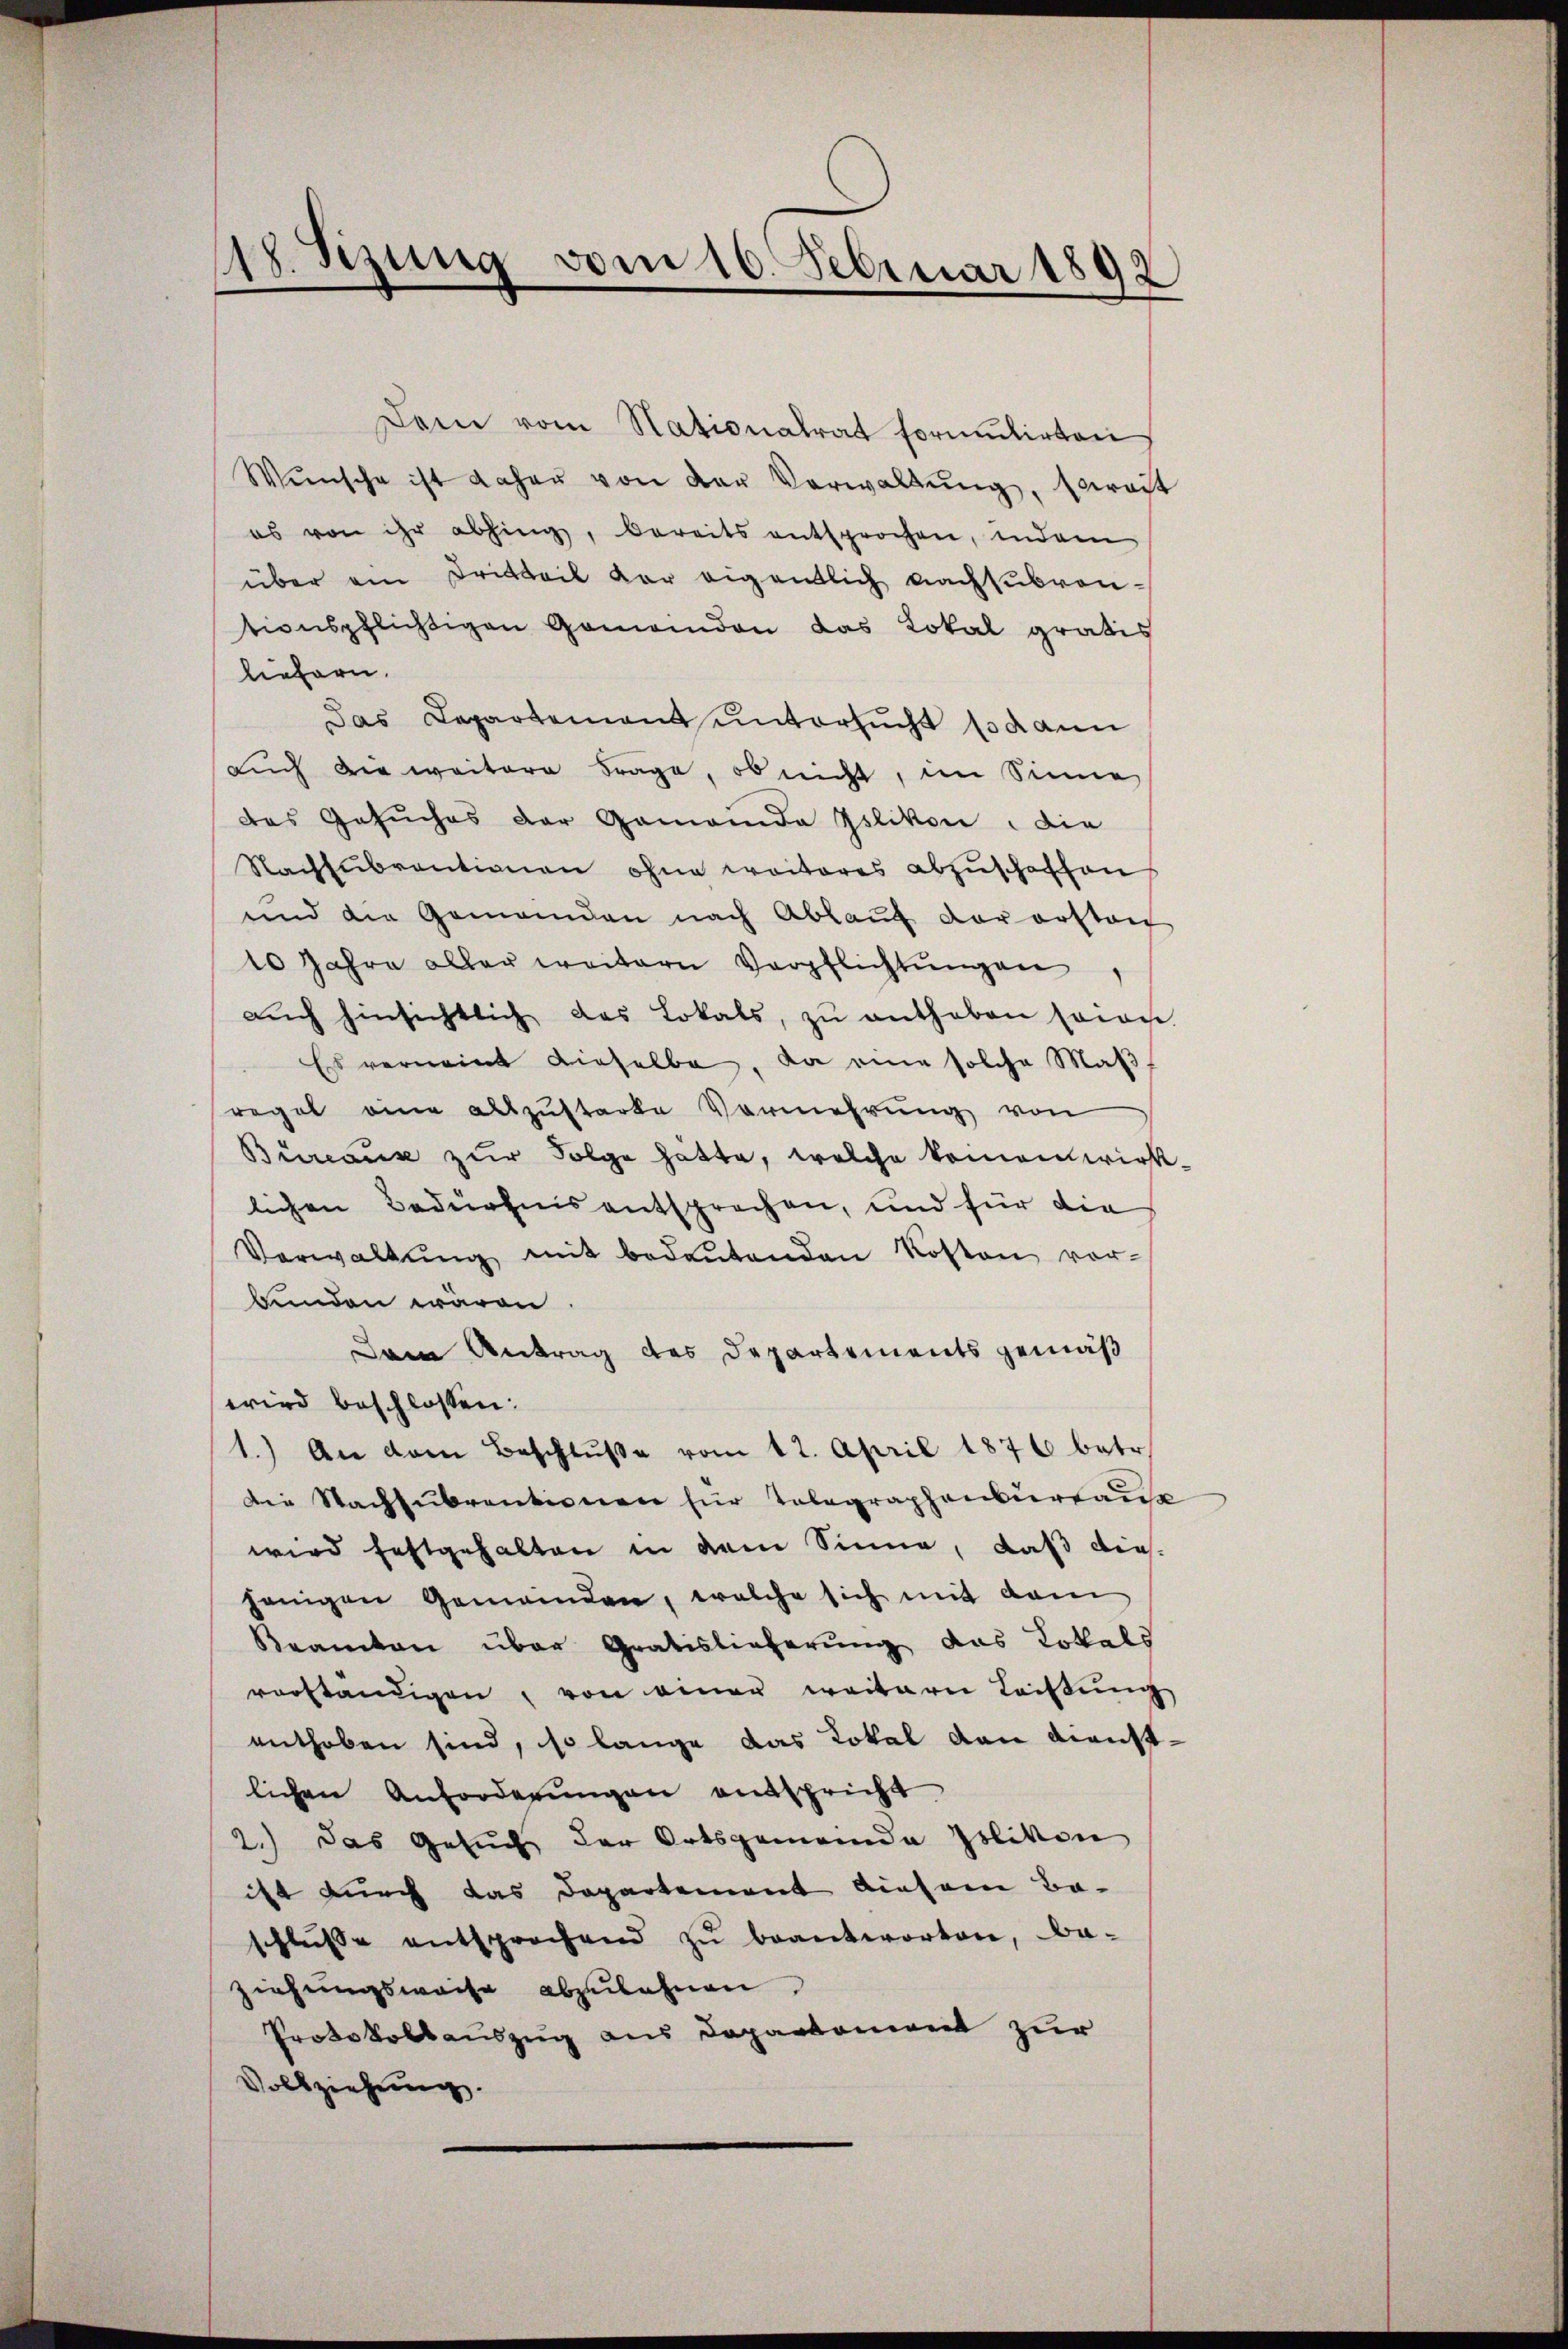
17. Sizung vom 10. Februar 1892

Dem vom Stationalrat formulirten,
Wünsche ist daher von der Verwaltŭng, soweit
es von ihr abhing, bereits entsprochen, indem
über am Dritteil vor eigentlich nachsubventionspflichtigen Gemeinden das Lokal gratis
liefern.
Das Departement untersucht sodann
auch die weitere Frage, ob nicht, im Sinne
das Gesuches der Gemeinde Gslikon, die
Nachsubventionen ohne weiteres abzuschaffen
und die Gemeinden nach Ablauf der erstan
10 Jahre aller weitern Verpflichtungen
aŭch hinsichtlich das Lokals, zŭ enthaben seien.
Es verneint dieselbe, da eine solche Maßregel eine allzustarke Vermehrung von
Büreaus zur Folge hätte, welche komen wirklichen Bedürfnis entsprechen, und für die
Verwaltŭng mit bedeŭtenden Kosten vor-
bunden waren
Dem Antrag des Departements gemäß
wird beschlossen:
1.) An dem Beschlŭβe vom 12. April 1876 betr.
Die Nachsubventionen für Telegraphensursau
wird festgehalten in dem Sinne, daß dies
jenigen Gemeinden, welche sich mit dem
Beamten über Gratislieferung das Lokals
vorständigen, von einer weitere Leistung
enthoben sind, so lange das Lokal den Dienstlichen Anforderungen entspricht
2.) Das Gesuch der Ortsgemeinde Polivon
ist durch das Departement diesem Be-
schlüsse entsprochend zu beantworten, be-
ziehungsweise abzulehnen.
Protokollauszug aus Departement zur
Vollziehung.